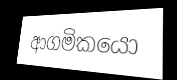
ආගමිකයො